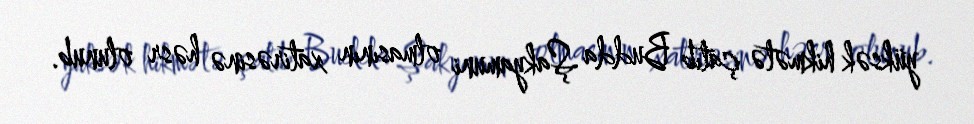
yüksək hikmətə çatıb Budda Şakyamuni olmasının xatirəsinə həsr olunub.